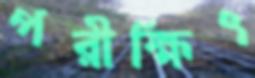
পরীক্ষিৎ